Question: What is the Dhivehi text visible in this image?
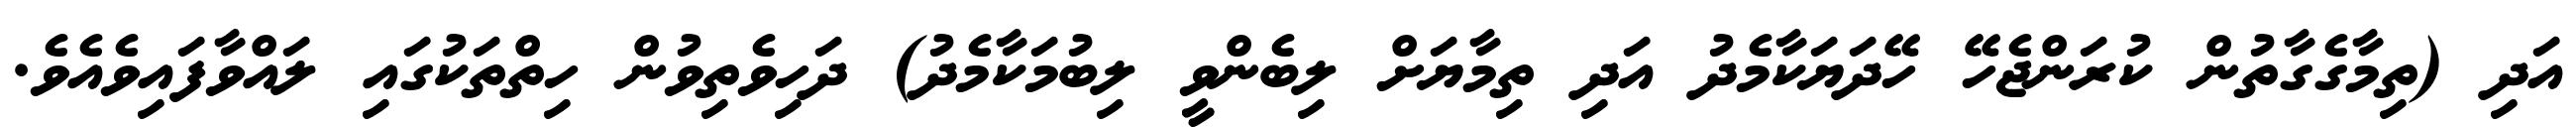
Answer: އަދި (ތިމާގެގާތުން ކުރަންޖެހޭ ހޭދަޔަކާމެދު އަދި ތިމާޔަށް ލިބެންވީ ލިބުމަކާމެދު) ދަހިވެތިވުން ހިތްތަކުގައި ލައްވާފައިވެއެވެ.